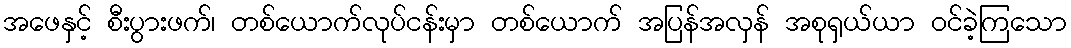
အဖေနှင့် စီးပွားဖက်၊ တစ်ယောက်လုပ်ငန်းမှာ တစ်ယောက် အပြန်အလှန် အစုရှယ်ယာ ဝင်ခဲ့ကြသော